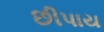
છીપાય